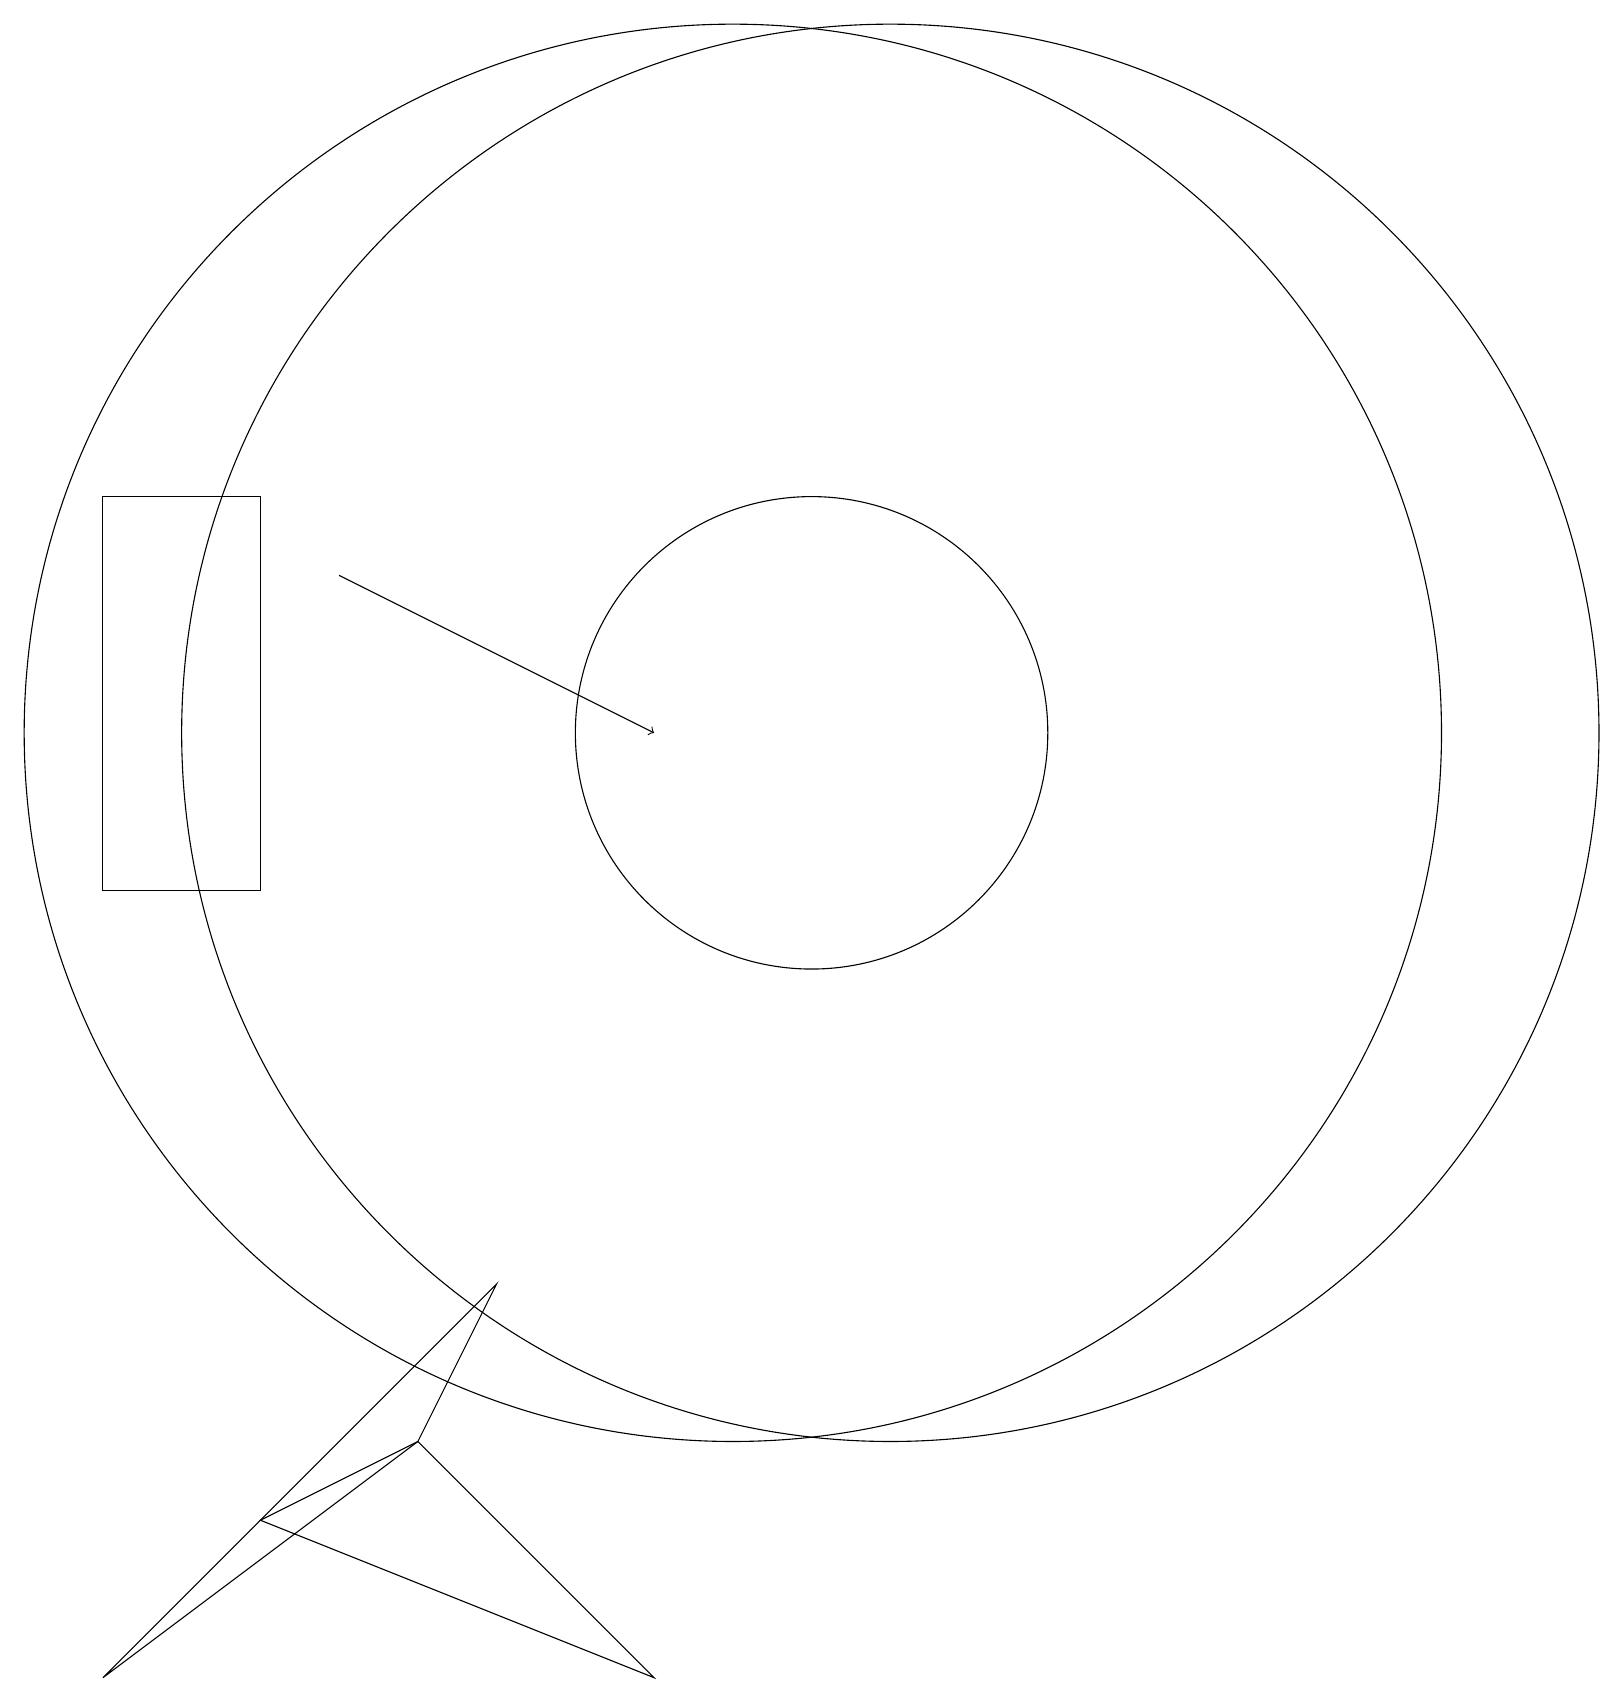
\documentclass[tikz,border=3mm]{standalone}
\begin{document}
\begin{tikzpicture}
\draw (2,10) rectangle (4,15);
\draw (10,12) circle (9);
\draw (2,0) -- (7,5) -- (6,3) -- cycle;
\draw (12,12) circle (9);
\draw (11,12) circle (3);
\draw[->] (5,14) -- (9,12);
\draw (6,3) -- (4,2) -- (9,0) -- cycle;
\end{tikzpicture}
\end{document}